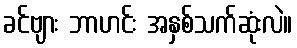
ခင်ဗျား ဘာဟင်း အနှစ်သက်ဆုံးလဲ။